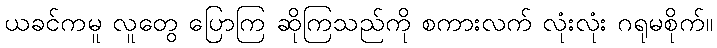
ယခင်ကမူ လူတွေ ပြောကြ ဆိုကြသည်ကို စကားလက် လုံးလုံး ဂရုမစိုက်။